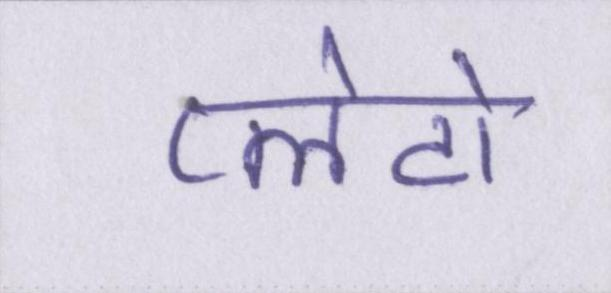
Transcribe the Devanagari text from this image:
प्लेटो